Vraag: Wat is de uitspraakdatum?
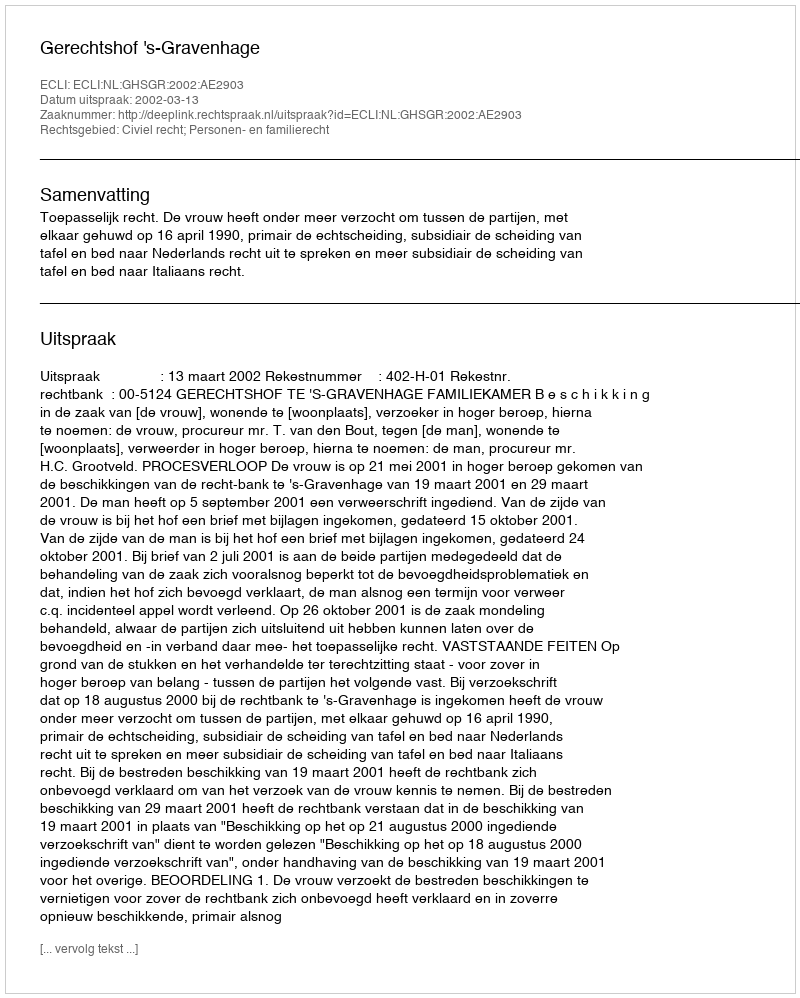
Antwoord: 2002-03-13